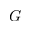
G